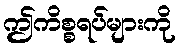
ဤကိစ္စရပ်များကို